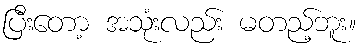
ပြီးတော့ အသုံးလည်း မတည့်ဘူး။